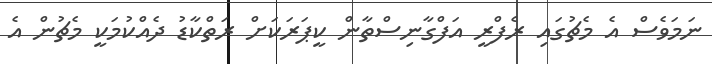
ނަމަވެސް އެ މެޗުގައި ރެފްރީ އަފްގާނިސްތާން ކީޕަރަކަށް ރަތްކާޑު ދެއްކުމަކީ މެޗުން އެ